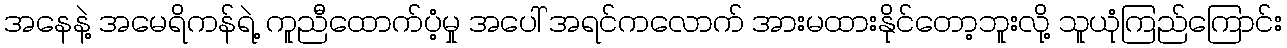
အနေနဲ့ အမေရိကန်ရဲ့ ကူညီထောက်ပံ့မှု အပေါ် အရင်ကလောက် အားမထားနိုင်တော့ဘူးလို့ သူယုံကြည်ကြောင်း